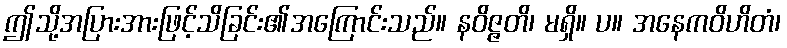
ဤသို့အပြားအားဖြင့်သိခြင်း၏အကြောင်းသည်။ နဝိဇ္ဇတိ၊ မရှိ။ ပ။ အနေကဝိဟိတံ၊